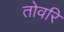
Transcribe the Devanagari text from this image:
तोवरि